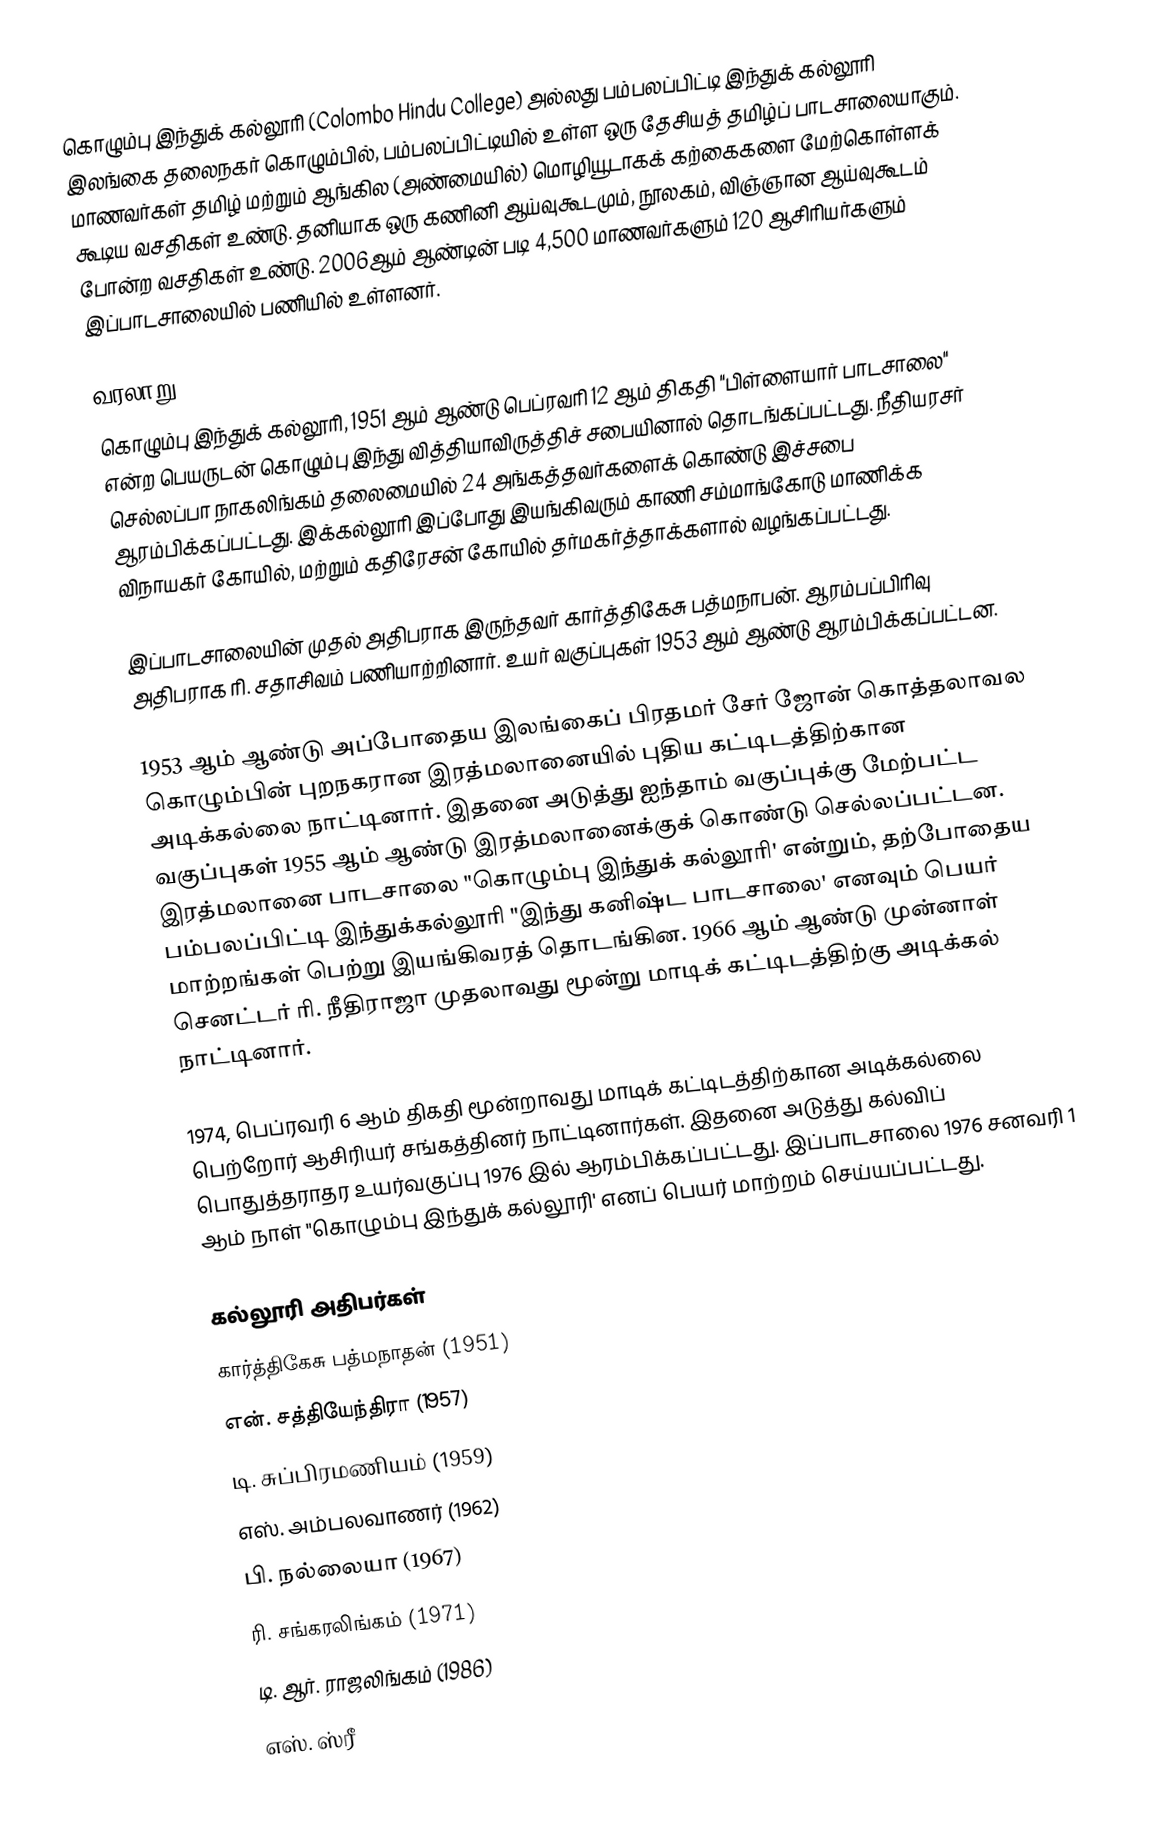
கொழும்பு இந்துக் கல்லூரி (Colombo Hindu College) அல்லது பம்பலப்பிட்டி இந்துக் கல்லூரி இலங்கை தலைநகர் கொழும்பில், பம்பலப்பிட்டியில் உள்ள ஒரு தேசியத் தமிழ்ப் பாடசாலையாகும். மாணவர்கள் தமிழ் மற்றும் ஆங்கில (அண்மையில்) மொழியூடாகக் கற்கைகளை மேற்கொள்ளக் கூடிய வசதிகள் உண்டு. தனியாக ஒரு கணினி ஆய்வுகூடமும், நூலகம், விஞ்ஞான ஆய்வுகூடம் போன்ற வசதிகள் உண்டு. 2006ஆம் ஆண்டின் படி 4,500 மாணவர்களும் 120 ஆசிரியர்களும் இப்பாடசாலையில் பணியில் உள்ளனர்.

வரலாறு
கொழும்பு இந்துக் கல்லூரி, 1951 ஆம் ஆண்டு பெப்ரவரி 12 ஆம் திகதி "பிள்ளையார் பாடசாலை" என்ற பெயருடன் கொழும்பு இந்து வித்தியாவிருத்திச் சபையினால் தொடங்கப்பட்டது. நீதியரசர் செல்லப்பா நாகலிங்கம் தலைமையில் 24 அங்கத்தவர்களைக் கொண்டு இச்சபை ஆரம்பிக்கப்பட்டது. இக்கல்லூரி இப்போது இயங்கிவரும் காணி சம்மாங்கோடு மாணிக்க விநாயகர் கோயில், மற்றும் கதிரேசன் கோயில் தர்மகர்த்தாக்களால் வழங்கப்பட்டது.

இப்பாடசாலையின் முதல் அதிபராக இருந்தவர் கார்த்திகேசு பத்மநாபன். ஆரம்பப்பிரிவு அதிபராக ரி. சதாசிவம் பணியாற்றினார். உயர் வகுப்புகள் 1953 ஆம் ஆண்டு ஆரம்பிக்கப்பட்டன.

1953 ஆம் ஆண்டு அப்போதைய இலங்கைப் பிரதமர் சேர் ஜோன் கொத்தலாவல கொழும்பின் புறநகரான இரத்மலானையில் புதிய கட்டிடத்திற்கான அடிக்கல்லை நாட்டினார். இதனை அடுத்து ஐந்தாம் வகுப்புக்கு மேற்பட்ட வகுப்புகள் 1955 ஆம் ஆண்டு இரத்மலானைக்குக் கொண்டு செல்லப்பட்டன. இரத்மலானை பாடசாலை "கொழும்பு இந்துக் கல்லூரி' என்றும், தற்போதைய பம்பலப்பிட்டி இந்துக்கல்லூரி "இந்து கனிஷ்ட பாடசாலை' எனவும் பெயர் மாற்றங்கள் பெற்று இயங்கிவரத் தொடங்கின. 1966 ஆம் ஆண்டு முன்னாள் செனட்டர் ரி. நீதிராஜா முதலாவது மூன்று மாடிக் கட்டிடத்திற்கு அடிக்கல் நாட்டினார்.

1974, பெப்ரவரி 6 ஆம் திகதி மூன்றாவது மாடிக் கட்டிடத்திற்கான அடிக்கல்லை பெற்றோர் ஆசிரியர் சங்கத்தினர் நாட்டினார்கள். இதனை அடுத்து கல்விப் பொதுத்தராதர உயர்வகுப்பு 1976 இல் ஆரம்பிக்கப்பட்டது. இப்பாடசாலை 1976 சனவரி 1 ஆம் நாள் "கொழும்பு இந்துக் கல்லூரி' எனப் பெயர் மாற்றம் செய்யப்பட்டது.

கல்லூரி அதிபர்கள்
 கார்த்திகேசு பத்மநாதன் (1951)
 என். சத்தியேந்திரா (1957)
 டி. சுப்பிரமணியம் (1959)
 எஸ். அம்பலவாணர் (1962)
 பி. நல்லையா (1967)
 ரி. சங்கரலிங்கம் (1971)
 டி. ஆர். ராஜலிங்கம் (1986)
 எஸ். ஸ்ரீ